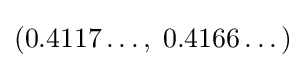
\left(0.4117\dots ,\;0.4166\dots \right)